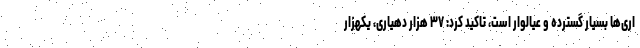
اری‌ها بسیار گسترده و عیالوار است، تاکید کرد: ۳۷ هزار دهیاری، یکهزار